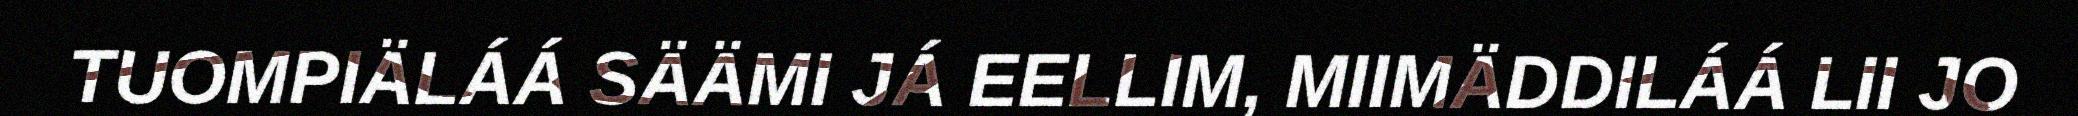
TUOMPIÄLÁÁ SÄÄMI JÁ EELLIM, MIIMÄDDILÁÁ LII JO